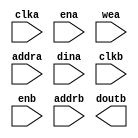
module textram(
	clka,
	ena,
	wea,
	addra,
	dina,
	clkb,
	enb,
	addrb,
	doutb);


input clka;
input ena;
input [0 : 0] wea;
input [12 : 0] addra;
input [7 : 0] dina;
input clkb;
input enb;
input [12 : 0] addrb;
output [7 : 0] doutb;

// synthesis translate_off

      BLK_MEM_GEN_V4_1 #(
		.C_ADDRA_WIDTH(13),
		.C_ADDRB_WIDTH(13),
		.C_ALGORITHM(1),
		.C_BYTE_SIZE(9),
		.C_COMMON_CLK(0),
		.C_DEFAULT_DATA("0"),
		.C_DISABLE_WARN_BHV_COLL(0),
		.C_DISABLE_WARN_BHV_RANGE(0),
		.C_FAMILY("spartan3"),
		.C_HAS_ENA(1),
		.C_HAS_ENB(1),
		.C_HAS_INJECTERR(0),
		.C_HAS_MEM_OUTPUT_REGS_A(0),
		.C_HAS_MEM_OUTPUT_REGS_B(0),
		.C_HAS_MUX_OUTPUT_REGS_A(0),
		.C_HAS_MUX_OUTPUT_REGS_B(0),
		.C_HAS_REGCEA(0),
		.C_HAS_REGCEB(0),
		.C_HAS_RSTA(0),
		.C_HAS_RSTB(0),
		.C_HAS_SOFTECC_INPUT_REGS_A(0),
		.C_HAS_SOFTECC_INPUT_REGS_B(0),
		.C_HAS_SOFTECC_OUTPUT_REGS_A(0),
		.C_HAS_SOFTECC_OUTPUT_REGS_B(0),
		.C_INITA_VAL("0"),
		.C_INITB_VAL("0"),
		.C_INIT_FILE_NAME("textram.mif"),
		.C_LOAD_INIT_FILE(1),
		.C_MEM_TYPE(1),
		.C_MUX_PIPELINE_STAGES(0),
		.C_PRIM_TYPE(1),
		.C_READ_DEPTH_A(4800),
		.C_READ_DEPTH_B(4800),
		.C_READ_WIDTH_A(8),
		.C_READ_WIDTH_B(8),
		.C_RSTRAM_A(0),
		.C_RSTRAM_B(0),
		.C_RST_PRIORITY_A("CE"),
		.C_RST_PRIORITY_B("CE"),
		.C_RST_TYPE("SYNC"),
		.C_SIM_COLLISION_CHECK("ALL"),
		.C_USE_BYTE_WEA(0),
		.C_USE_BYTE_WEB(0),
		.C_USE_DEFAULT_DATA(1),
		.C_USE_ECC(0),
		.C_USE_SOFTECC(0),
		.C_WEA_WIDTH(1),
		.C_WEB_WIDTH(1),
		.C_WRITE_DEPTH_A(4800),
		.C_WRITE_DEPTH_B(4800),
		.C_WRITE_MODE_A("READ_FIRST"),
		.C_WRITE_MODE_B("READ_FIRST"),
		.C_WRITE_WIDTH_A(8),
		.C_WRITE_WIDTH_B(8),
		.C_XDEVICEFAMILY("aspartan3a"))
	inst (
		.CLKA(clka),
		.ENA(ena),
		.WEA(wea),
		.ADDRA(addra),
		.DINA(dina),
		.CLKB(clkb),
		.ENB(enb),
		.ADDRB(addrb),
		.DOUTB(doutb),
		.RSTA(),
		.REGCEA(),
		.DOUTA(),
		.RSTB(),
		.REGCEB(),
		.WEB(),
		.DINB(),
		.INJECTSBITERR(),
		.INJECTDBITERR(),
		.SBITERR(),
		.DBITERR(),
		.RDADDRECC());


// synthesis translate_on

// XST black box declaration
// box_type "black_box"
// synthesis attribute box_type of textram is "black_box"

endmodule